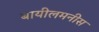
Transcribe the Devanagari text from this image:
बायीलमनीस